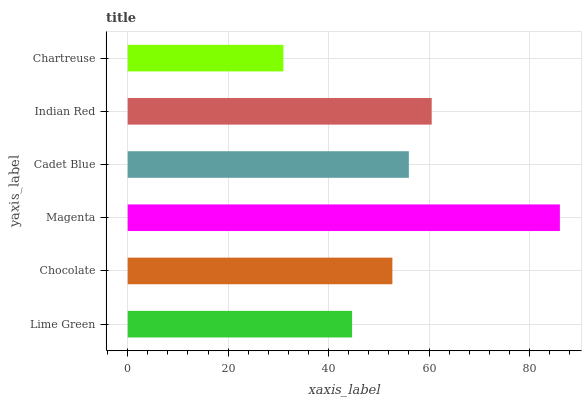
| yaxis_label | bars |
 | --- | --- |
 | Lime Green | 44.7 |
 | Chocolate | 52.7 |
 | Magenta | 86.1 |
 | Cadet Blue | 56 |
 | Indian Red | 60.5 |
 | Chartreuse | 31 |